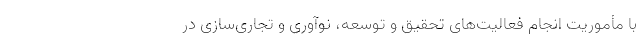
با مأموریت انجام فعالیت‌های تحقیق و توسعه، نوآوری و تجاری‌سازی در